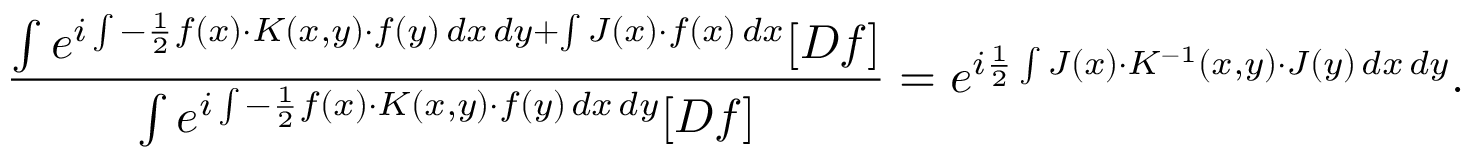
{ \frac { \int e ^ { i \int - { \frac { 1 } { 2 } } f ( x ) \cdot K ( x , y ) \cdot f ( y ) \, d x \, d y + \int J ( x ) \cdot f ( x ) \, d x } [ D f ] } { \int e ^ { i \int - { \frac { 1 } { 2 } } f ( x ) \cdot K ( x , y ) \cdot f ( y ) \, d x \, d y } [ D f ] } } = e ^ { i { \frac { 1 } { 2 } } \int J ( x ) \cdot K ^ { - 1 } ( x , y ) \cdot J ( y ) \, d x \, d y } .